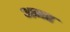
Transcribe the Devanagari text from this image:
अमह